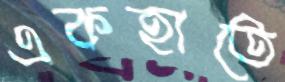
একহাতে